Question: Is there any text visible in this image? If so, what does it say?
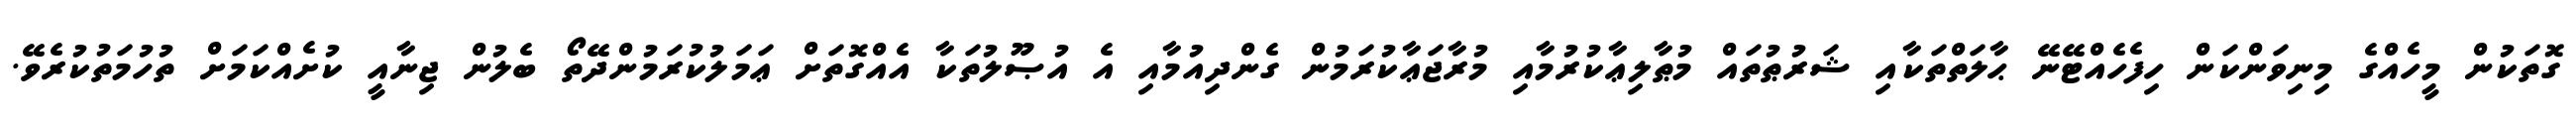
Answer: ގޮތަކުން މީހެއްގެ މިނިވަންކަން ހިފެހެއްޓޭނޭ ޙާލަތްތަކާއި ޝަރުޠުތައް މުޠާލިޢާކުރުމާއި މުރާޖަޢާކުރަމުން ގެންދިއުމާއި އެ އުޞޫލުތަކާ އެއްގޮތަށް ޢަމަލުކުރަމުންދޭތޯ ބެލުން ޖިނާއީ ކުށެއްކަމަށް ތުހުމަތުކުރެވޭ.